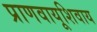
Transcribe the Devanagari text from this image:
प्राणवायूशिवाय